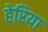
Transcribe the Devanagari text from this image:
हेरिया